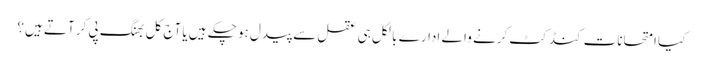
کیا امتحانات کنڈکٹ کرنے والے ادارے بالکل ہی عقل سے پیدل ہو چکے ہیں یا آج کل بھنگ پی کر آتے ہیں؟